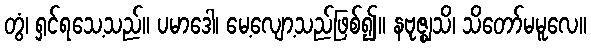
တွံ၊ ရှင်ရသေ့သည်။ ပမာဒေါ၊ မေ့လျော့သည်ဖြစ်၍။ နဗုဇ္ဈသိ၊ သိတော်မမူလေ။